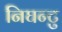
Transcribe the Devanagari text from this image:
निघन्टु